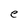
Character: e